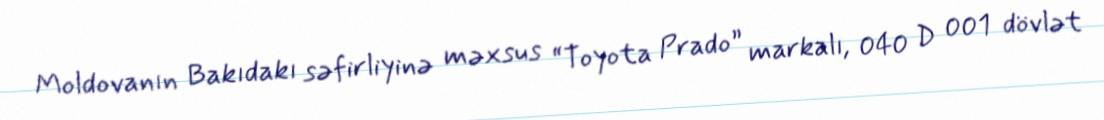
Moldovanın Bakıdakı səfirliyinə məxsus “Toyota Prado” markalı, 040 D 001 dövlət